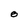
Character: O